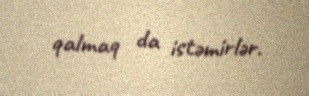
qalmaq da istəmirlər.